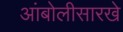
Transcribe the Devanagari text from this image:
आंबोलीसारखे